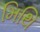
મિથિ